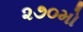
૨૭૦મો